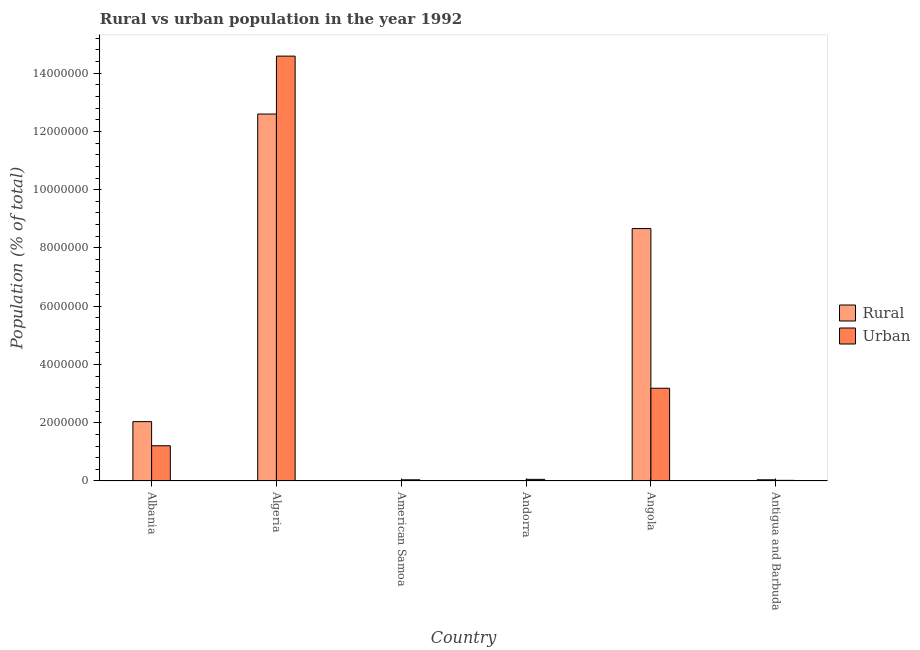
| Country | Rural | Urban |
 | --- | --- | --- |
 | Albania | 2.04e+06 | 1.21e+06 |
 | Algeria | 1.26e+07 | 1.46e+07 |
 | American Samoa | 8.54e+03 | 4.11e+04 |
 | Andorra | 3.34e+03 | 5.56e+04 |
 | Angola | 8.66e+06 | 3.18e+06 |
 | Antigua and Barbuda | 4.12e+04 | 2.23e+04 |